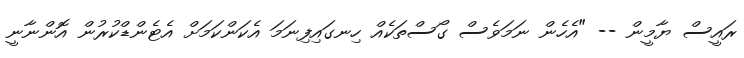
ރައީސް ޔާމީން -- "އެހެން ނަމަވެސް ގޯސްތަކެއް ހިނގައިފިނަމަ އެކަންކަމަށް އެޓެންޑްކުރުން އޮންނާނީ